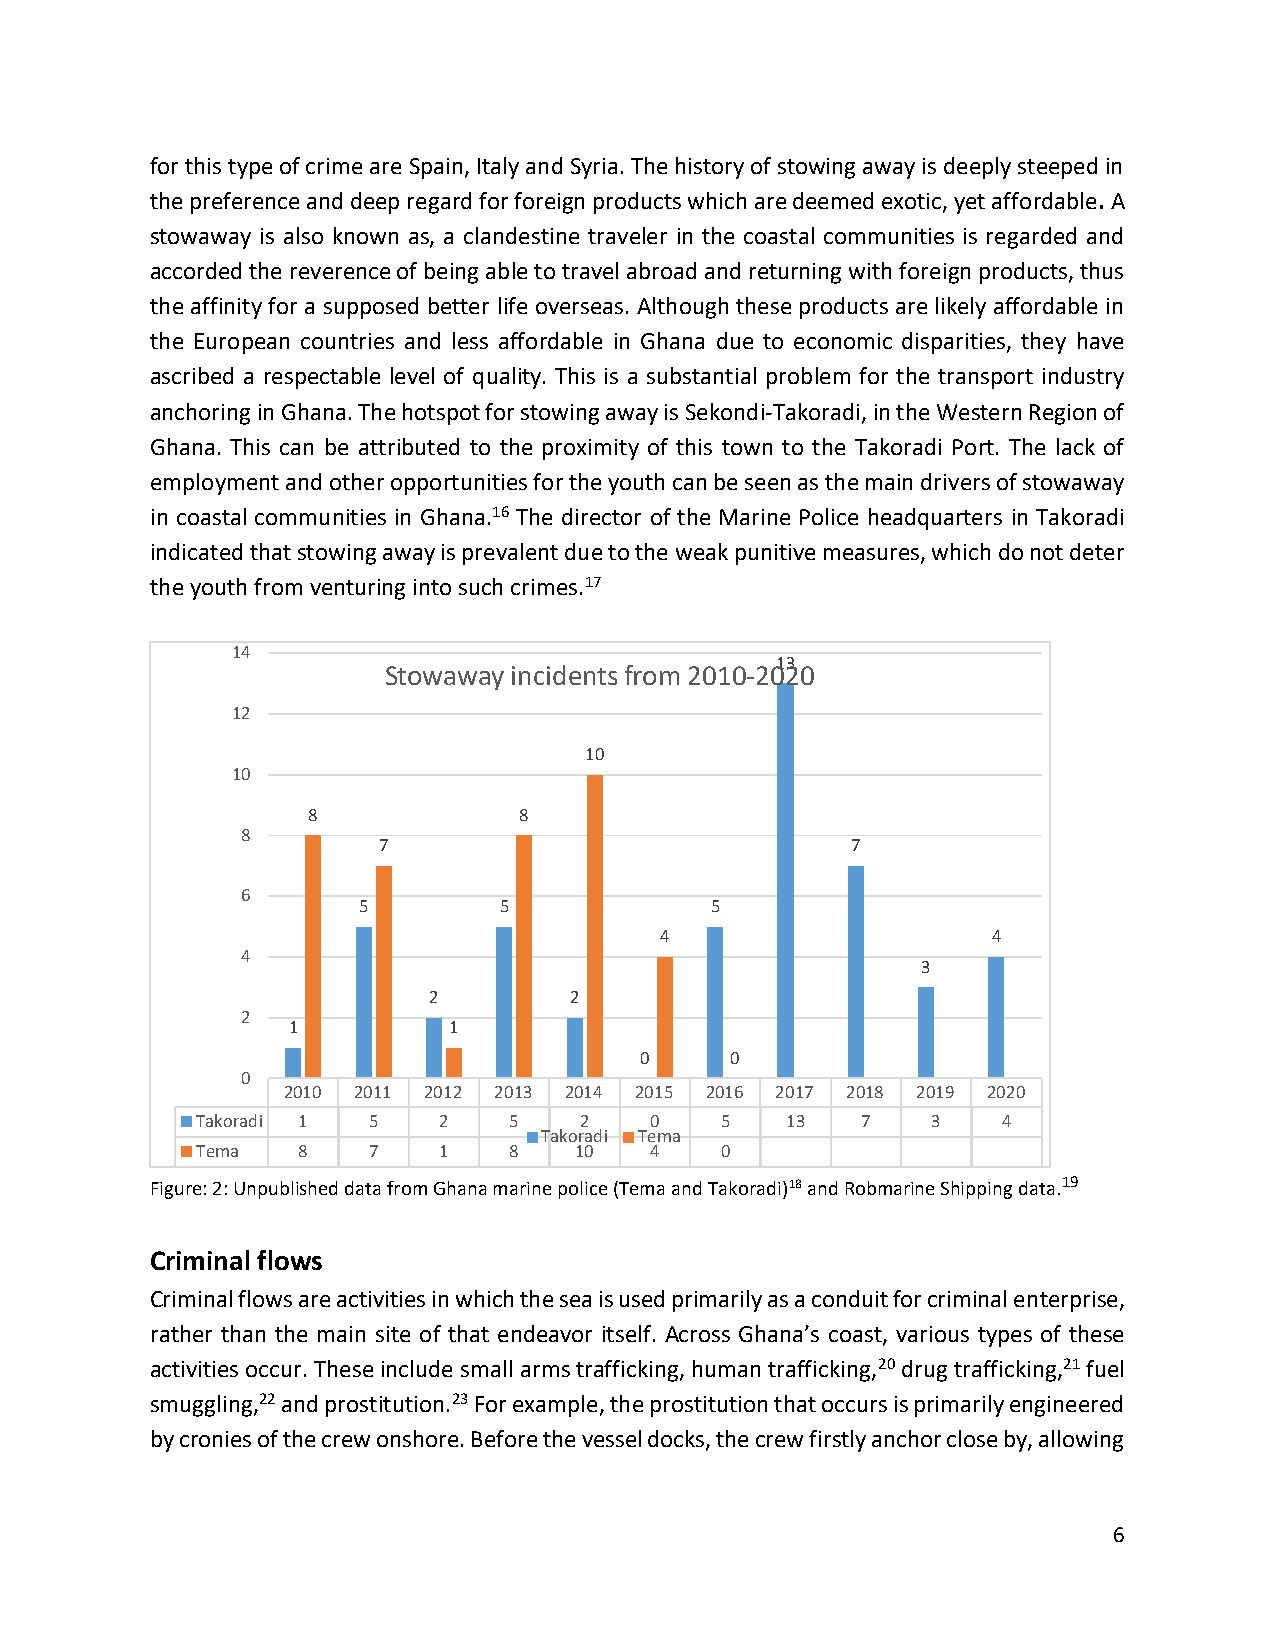
for this type of crime are Spain, Italy and Syria. The history of stowing away is deeply steeped in
 the preference and deep regard for foreign products which are deemed exotic, yet affordable. A
 stowaway is also known as, a clandestine traveler in the coastal communities is regarded and
 accorded the reverence of being able to travel abroad and returning with foreign products, thus
 the affinity for a supposed better life overseas. Although these products are likely affordable in
 the European countries and less affordable in Ghana due to economic disparities, they have
 ascribed a respectable level of quality. This is a substantial problem for the transport industry
 anchoring in Ghana. The hotspot for stowing away is Sekondi-Takoradi, in the Western Region of
 Ghana. This can be attributed to the proximity of this town to the Takoradi Port. The lack of
 employment and other opportunities for the youth can be seen as the main drivers of stowaway
 in coastal communities in Ghana.16 The director of the Marine Police headquarters in Takoradi
 indicated that stowing away is prevalent due to the weak punitive measures, which do not deter
 the youth from venturing into such crimes.17
 14
 13
 Stowaway incidents from 2010-2020
 12
 10
 10
 8             8
 8
 7                              7
 6
 5        5             5
 4                     4
 4
 3
 2         2
 2
 1          1
 0     0
 0
 2010 2011 2012 2013 2014 2015 2016 2017 2018 2019 2020
 Takoradi 1 5    2    5   2    0    5   13   7    3   4
 Takoradi Tema
 Tema   8   7    1    8   10   4    0
 Figure: 2: Unpublished data from Ghana marine police (Tema and Takoradi)18 and Robmarine Shipping data.19
 Criminal flows
 Criminal flows are activities in which the sea is used primarily as a conduit for criminal enterprise,
 rather than the main site of that endeavor itself. Across Ghana’s coast, various types of these
 activities occur. These include small arms trafficking, human trafficking,20 drug trafficking,21 fuel
 smuggling,22 and prostitution.23 For example, the prostitution that occurs is primarily engineered
 by cronies of the crew onshore. Before the vessel docks, the crew firstly anchor close by, allowing
 6